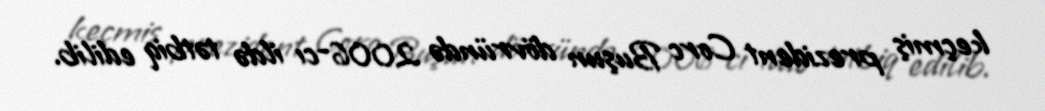
keçmiş prezident Corc Buşun dövründə 2006-cı ildə tətbiq edilib.